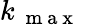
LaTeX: k_{\mathrm{~\mathrm{~m~a~x~}~}}